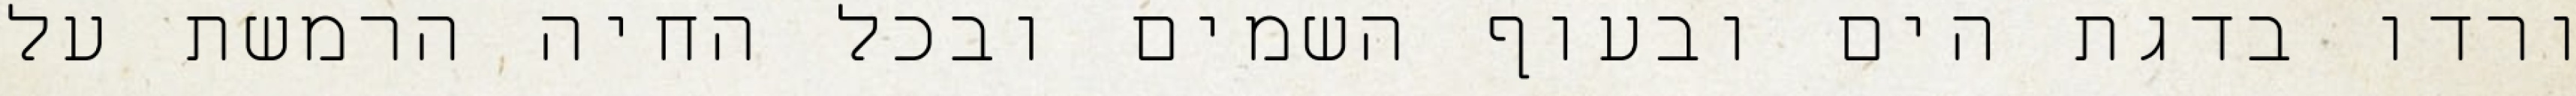
ורדו בדגת הים ובעוף השמים ובכל החיה הרמשת על